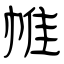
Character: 帷